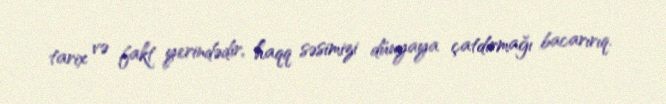
tarix və fakt yerindədir, haqq səsimizi dünyaya çatdırmağı bacarırıq.